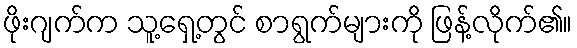
ဖိုးဂျက်က သူ့ရှေ့တွင် စာရွက်များကို ဖြန့်လိုက်၏။